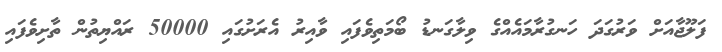
ފަލޫޖާއަށް ވަރުގަދަ ހަނގުރާމައެއްގެ ވިލާގަނޑު ބޯމަތިވެފައި ވާއިރު އެރަށުގައި 50000 ރައްޔިތުން ތާށިވެފައި